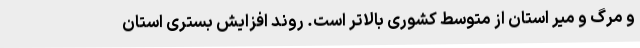
و مرگ و میر استان از متوسط کشوری بالاتر است. روند افزایش بستری استان